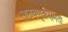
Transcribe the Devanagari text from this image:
साठवणूकक्षमता